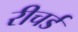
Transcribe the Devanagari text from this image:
रीचर्ड